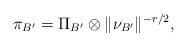
LaTeX: \begin{align*}\pi_{B'}= \Pi_{B'} \otimes \| \nu_{B'} \|^{-r/2},\end{align*}